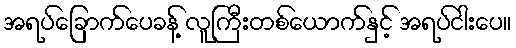
အရပ်ခြောက်ပေခန့် လူကြီးတစ်ယောက်နှင့် အရပ်ငါးပေ။